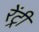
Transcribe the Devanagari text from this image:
रेंट्री